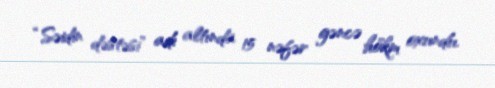
“Səidin dəstəsi” adı altında 15 nəfər gəncə hökm oxundu.